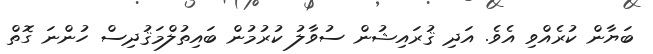
ބަޔާން ކުރެއްވި އެވެ. އަދި ޤުރައިޝުން ސުވާލު ކުރުމުން ބައިތުލްމަޤުދިސް ހުންނަ ގޮތް